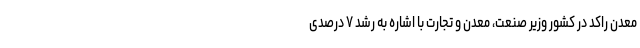
معدن راکد در کشور وزیر صنعت، معدن و تجارت با اشاره به رشد ۷ درصدی